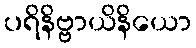
ပရိနိဗ္ဗာယိနိယော